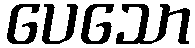
ပေသော